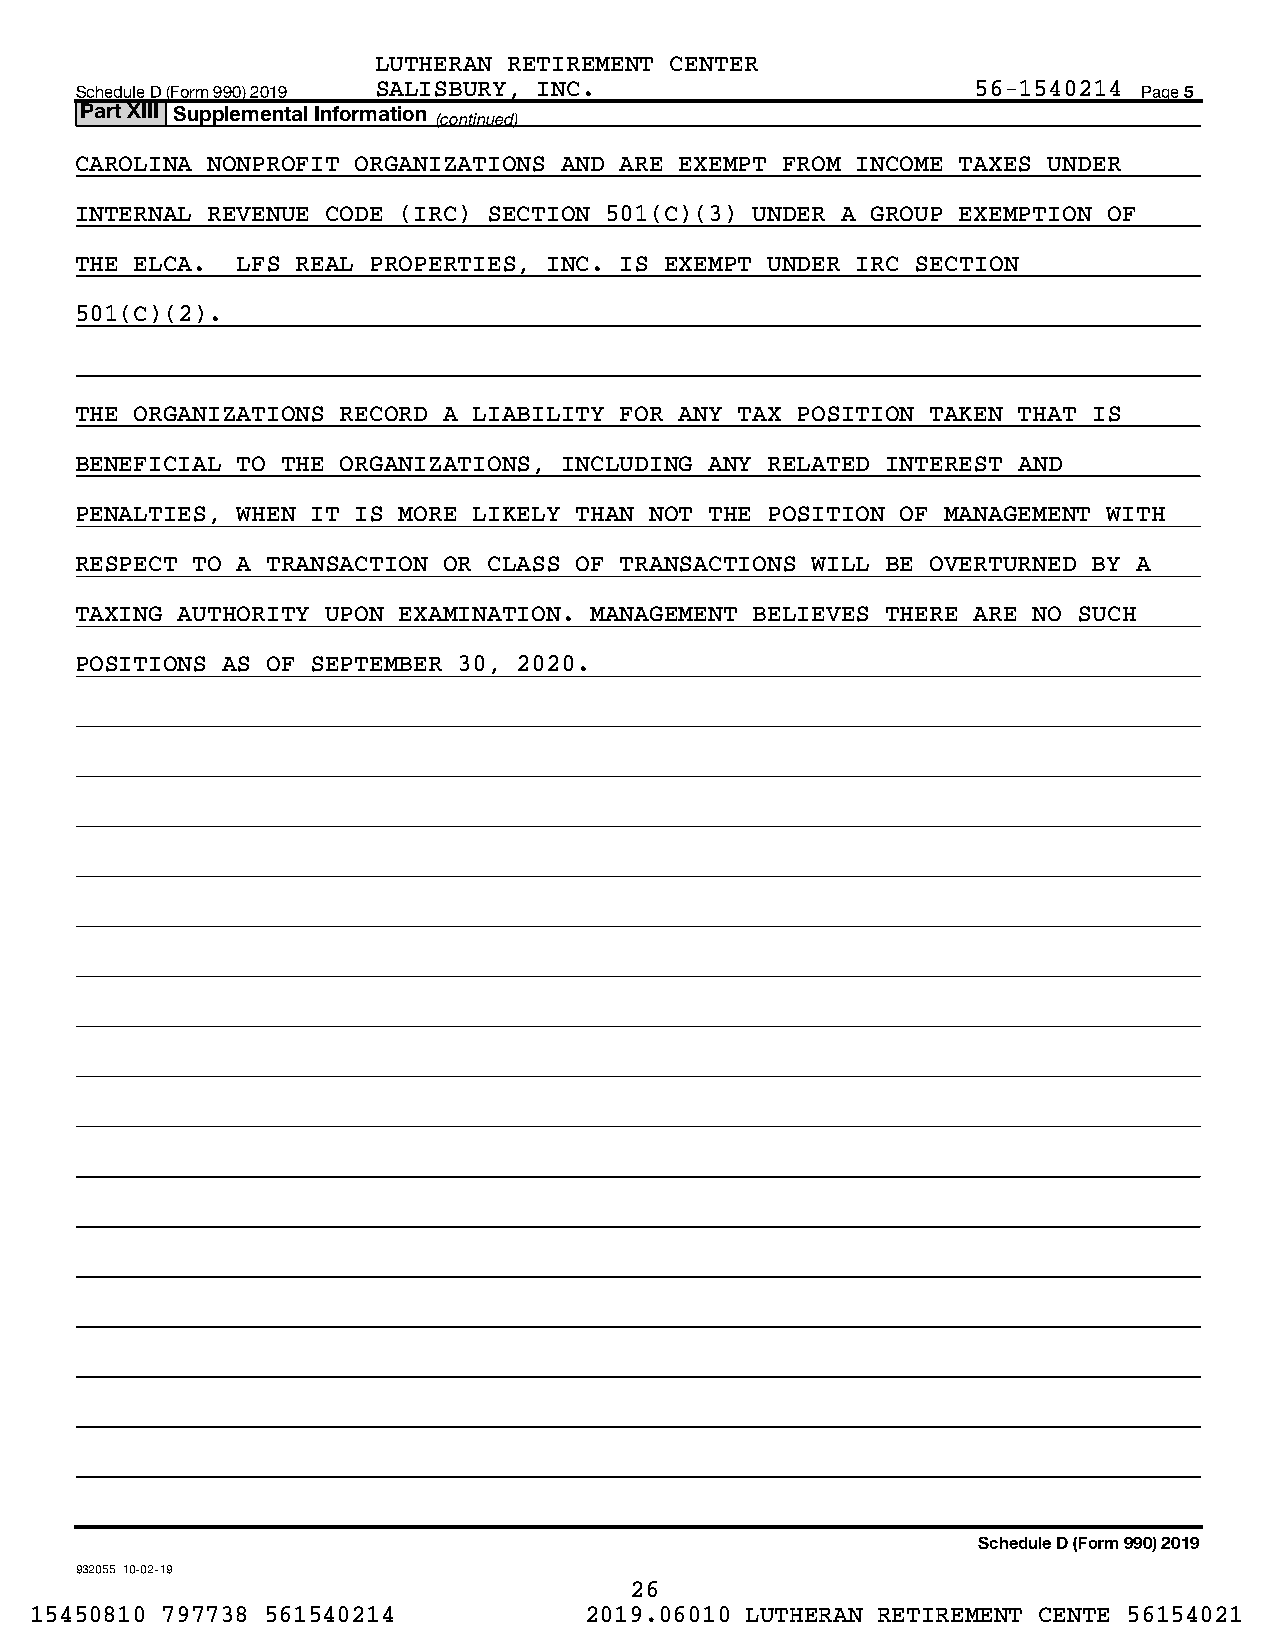
LUTHERAN RETIREMENT CENTER
 Schedule D (Form 990) 2019 SALISBURY, INC.                  56-1540214 Page 5
 Part XIII Supplemental Information
 (continued)
 CAROLINA NONPROFIT ORGANIZATIONS AND ARE EXEMPT FROM INCOME TAXES UNDER
 INTERNAL REVENUE CODE (IRC) SECTION 501(C)(3) UNDER A GROUP EXEMPTION OF
 THE ELCA.  LFS REAL PROPERTIES, INC. IS EXEMPT UNDER IRC SECTION
 501(C)(2).
 THE ORGANIZATIONS RECORD A LIABILITY FOR ANY TAX POSITION TAKEN THAT IS
 BENEFICIAL TO THE ORGANIZATIONS, INCLUDING ANY RELATED INTEREST AND
 PENALTIES, WHEN IT IS MORE LIKELY THAN NOT THE POSITION OF MANAGEMENT WITH
 RESPECT TO A TRANSACTION OR CLASS OF TRANSACTIONS WILL BE OVERTURNED BY A
 TAXING AUTHORITY UPON EXAMINATION. MANAGEMENT BELIEVES THERE ARE NO SUCH
 POSITIONS AS OF SEPTEMBER 30, 2020.
 Schedule D (Form 990) 2019
 932055 10-02-19
 26
 15450810 797738 561540214            2019.06010 LUTHERAN RETIREMENT CENTE 56154021